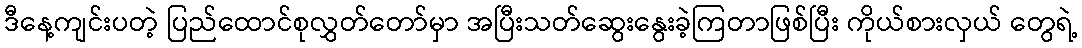
ဒီနေ့ကျင်းပတဲ့ ပြည်ထောင်စုလွှတ်တော်မှာ အပြီးသတ်ဆွေးနွေးခဲ့ကြတာဖြစ်ပြီး ကိုယ်စားလှယ် တွေရဲ့